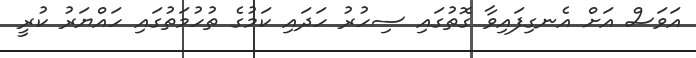
އަވަސް އަށް އެނގިފައިވާ ގޮތުގައި ސިހުރު ހަދައި ކަމުގެ ތުހުމަތުގައި ހައްޔަރު ކުރީ